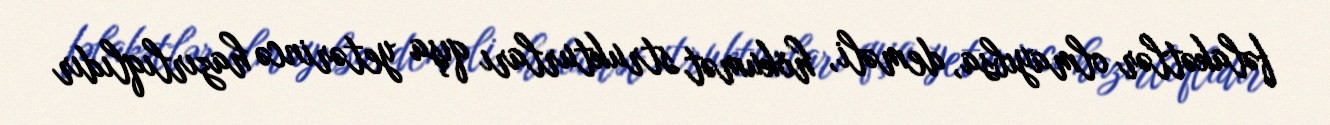
fəlakətlər olmayıbsa, deməli, hökumət strukturları qışa yetərincə hazırlıqlıdır